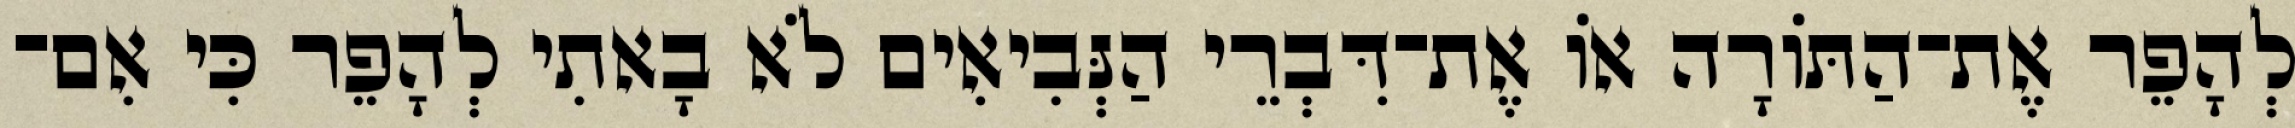
לְהָפֵר אֶת־הַתּוֹרָה אוֹ אֶת־דִּבְרֵי הַנְּבִיאִים לֹא בָאתִי לְהָפֵר כִּי אִם־